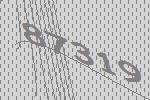
87319